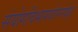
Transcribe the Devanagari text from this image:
संयोगविभागयोरनपेक्षो